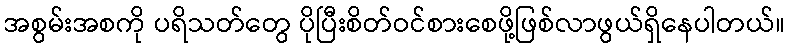
အစွမ်းအစကို ပရိသတ်တွေ ပိုပြီးစိတ်ဝင်စားစေဖို့ဖြစ်လာဖွယ်ရှိနေပါတယ်။